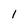
Character: 1